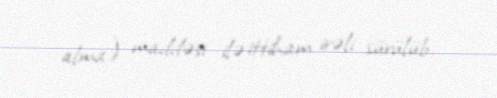
alma) maddəsi ilə ittiham irəli sürülüb.